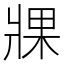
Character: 𤖇